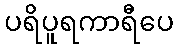
ပရိပူရကာရီပေ